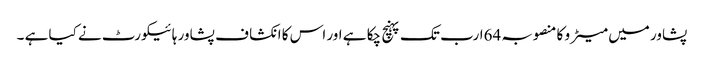
پشاور میں میٹر و کا منصوبہ 64ارب تک پہنچ چکا ہے اور اس کا انکشا ف پشاور ہائیکورٹ نے کیا ہے ۔